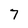
Character: 7